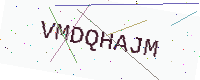
Text: VMDQHAJM